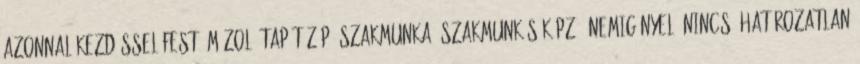
azonnal kezdéssel Festő,mázoló,tapétázóp, Szakmunka, szakmunkás képző, nemigényel, nincs, határozatlan